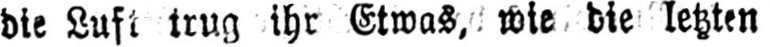
die Luft trug ihr Etwas, wie die letzten